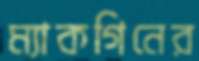
ম্যাকগিনের